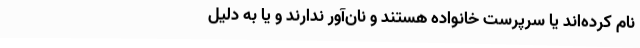
نام کرده‌اند یا سرپرست خانواده هستند و نان‌آور ندارند و یا به دلیل